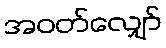
အဝတ်လျှော်